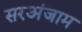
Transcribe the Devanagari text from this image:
सरअंजाम